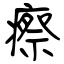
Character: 瘵